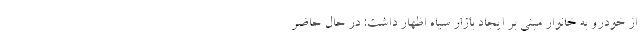
از خودرو به خانوار مبنی بر ایجاد بازار سیاه اظهار داشت: در حال حاضر